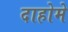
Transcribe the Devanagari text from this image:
दाहोमे